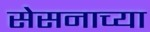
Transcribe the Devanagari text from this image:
सेसनाच्या